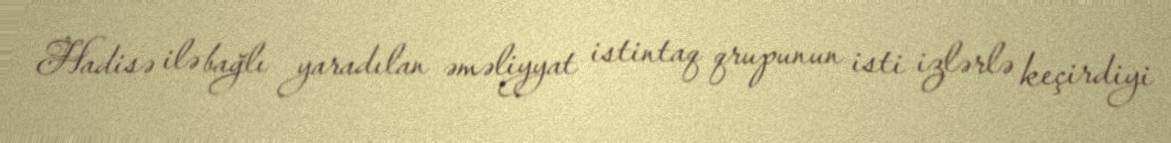
Hadisə ilə bağlı yaradılan əməliyyat istintaq qrupunun isti izlərlə keçirdiyi